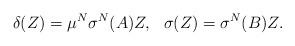
LaTeX: \begin{align*}\delta(Z)=\mu^N\sigma^N(A)Z,\ \ \sigma(Z)=\sigma^N(B)Z.\end{align*}